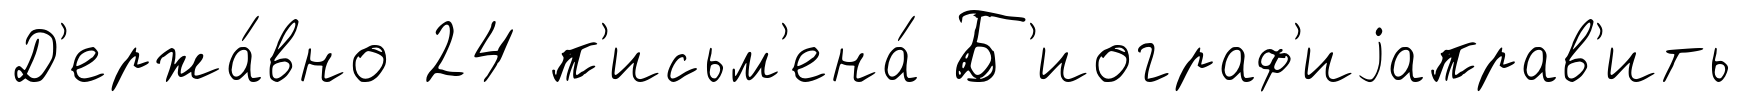
Д'ержа́вно 24 п'исьм'ена́ Б'иограф'иjаправ'ить